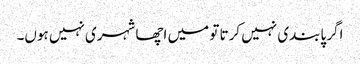
اگر پابندی نہیں کرتا تو میں اچھا شہری نہیں ہوں۔